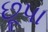
છૂપા